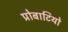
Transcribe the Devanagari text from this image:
प्रोबाटियो